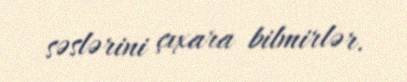
səslərini çıxara bilmirlər.